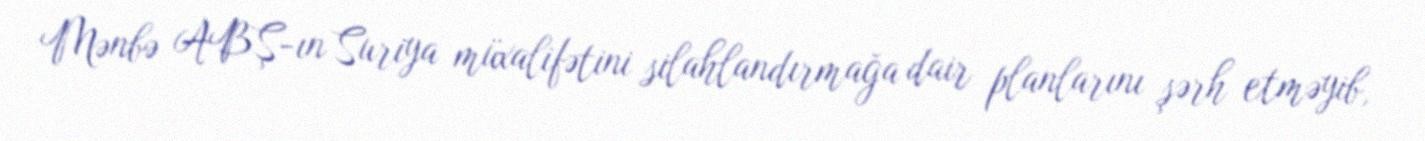
Mənbə ABŞ-ın Suriya müxalifətini silahlandırmağa dair planlarını şərh etməyib,